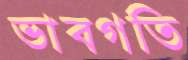
ভাবগতি